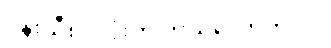
ပန်းသီး ၁လုံးကို ဘယ်လောက်လဲ။